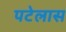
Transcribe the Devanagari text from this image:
पटेलास